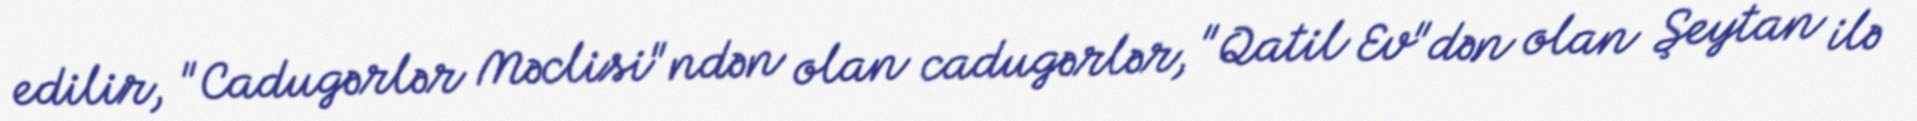
edilir, "Cadugərlər Məclisi"ndən olan cadugərlər, "Qatil Ev"dən olan Şeytan ilə